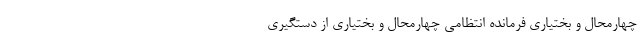
چهارمحال و بختیاری فرمانده انتظامی چهارمحال و بختیاری از دستگیری